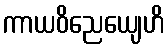
ကာယဝိညေယျေဟိ